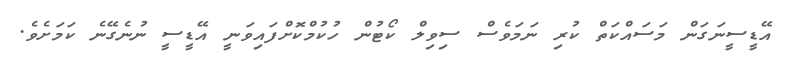
އޭޑީސީނަގަން މަސައްކަތް ކުރި ނަމަވެސް ސިވިލް ކޯޓުން ހުކުމްކޮށްފައިވަނީ އޭޑީސީ ނުނެގޭނެ ކަމަށެވެ.